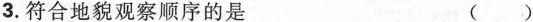
3.符合地貌观察顺序的是 ( )